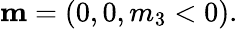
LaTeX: \begin{array}{r}{{\mathbf m}=(0,0,m_{3}<0).}\end{array}